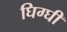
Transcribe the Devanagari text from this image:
घिग्घी